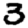
Digit: 3